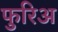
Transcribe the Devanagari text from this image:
फुरिअ